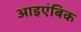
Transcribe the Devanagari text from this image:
आइएंबिक